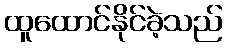
ထူထောင်နိုင်ခဲ့သည်